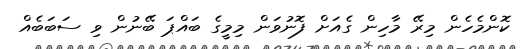
ކޮންމެހެން މިރޭ މާހިން ގެއަށް ފޮނުވަން މިމީގެ ބައްޕަ ބޭނުން ވި ސަބަބެއް